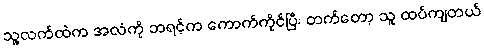
သူ့လက်ထဲက အလံကို ဘရင့်က ကောက်ကိုင်ပြီး တက်တော့ သူ ထပ်ကျတယ်